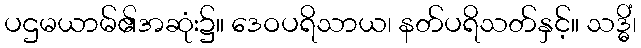
ပဌမယာမ်၏အဆုံး၌။ ဒေဝပရိသာယ၊ နတ်ပရိသတ်နှင့်။ သဒ္ဓိံ၊